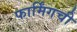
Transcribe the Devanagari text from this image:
फार्मिंगची